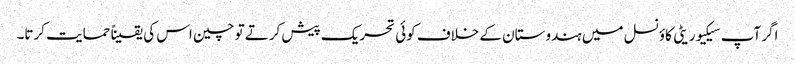
اگر آپ سیکیوریٹی کاؤنسل میں ہندوستان کے خلاف کوئی تحریک پیش کرتے تو چین اس کی یقیناً حمایت کرتا۔